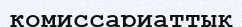
комиссариаттық